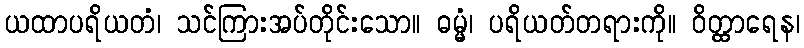
ယထာပရိယတံ၊ သင်ကြားအပ်တိုင်းသော။ ဓမ္မံ၊ ပရိယတ်တရားကို။ ဝိတ္ထာရေန၊